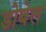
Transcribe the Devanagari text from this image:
डोबेल